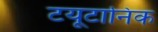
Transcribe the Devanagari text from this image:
टयूटानिक